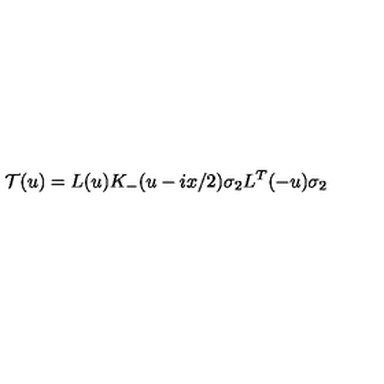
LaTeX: { \cal T } ( u ) = L ( u ) K _ { - } ( u - i x / 2 ) \sigma _ { 2 } L ^ { T } ( - u ) \sigma _ { 2 }